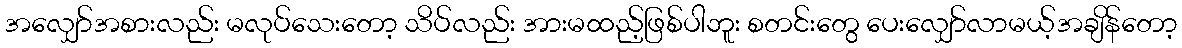
အလျှော်အစားလည်း မလုပ်သေးတော့ သိပ်လည်း အားမထည့်ဖြစ်ပါဘူး စတင်းတွေ ပေးလျှော်လာမယ့်အချိန်တော့